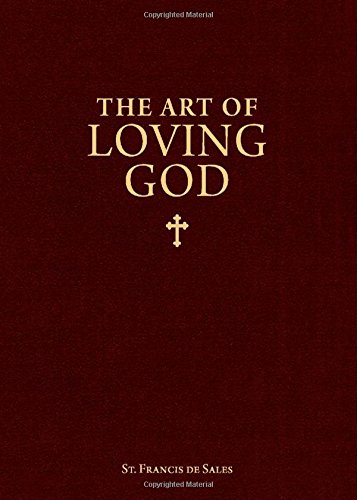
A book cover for The Art of Loving God: Simple Virtues for the Christian Life; St. Francis de Sales; Christian Books & Bibles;